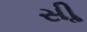
સીૢ